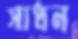
সাধন